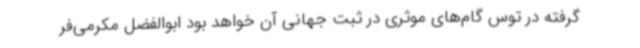
گرفته در توس گام‌های موثری در ثبت جهانی آن خواهد بود ابوالفضل مکرمی‌فر